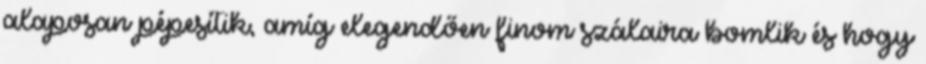
alaposan pépesítik, amíg elegendően finom szálaira bomlik és hogy